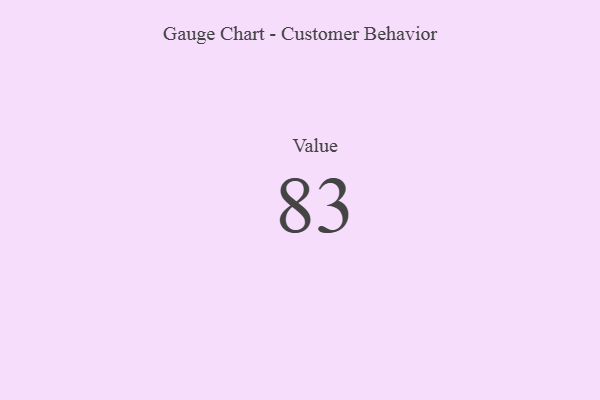
{"axis": {"x": "Metric", "y": "Value"}, "legend": [""], "data": [{"x": "Value", "y": 83, "type": ""}]}